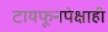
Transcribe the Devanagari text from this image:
टायफूनपेक्षाही